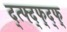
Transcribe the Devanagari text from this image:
द्त्फ्द्फ्द्फ्